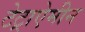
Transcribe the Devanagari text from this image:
टेट्राऐमीन